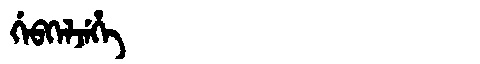
Manchu: ᡤᡝᠪᡴᡝᠯᠵᡝᡥᡝ
Romanization: GEBKELJEHE